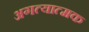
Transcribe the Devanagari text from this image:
अगत्यात्मक